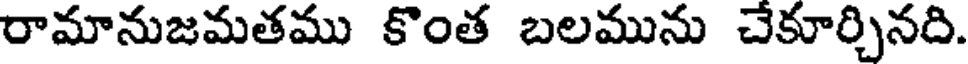
రామానుజమతము కొంత బలమును చేకూర్చినది.